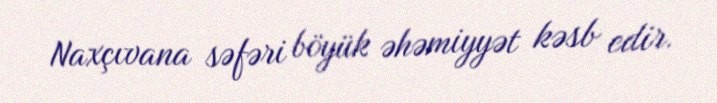
Naxçıvana səfəri böyük əhəmiyyət kəsb edir.